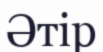
Әтір